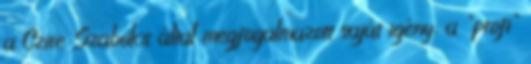
a Czire Szabolcs által megfogalmazott saját igény: a "profi"